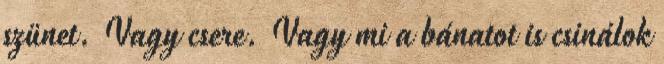
szünet. Vagy csere. Vagy mi a bánatot is csinálok